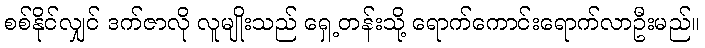
စစ်နိုင်လျှင် ဒက်ဇာလို လူမျိုးသည် ရှေ့တန်းသို့ ရောက်ကောင်းရောက်လာဦးမည်။